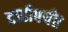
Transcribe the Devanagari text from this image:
दाढीपर्यंत